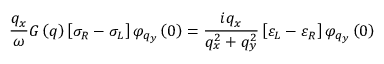
\frac { { { q } _ { x } } } { \omega } G \left( q \right) \left[ { { \sigma } _ { R } } - { { \sigma } _ { L } } \right] { { \varphi } _ { { { q } _ { y } } } } \left( 0 \right) = \frac { i { { q } _ { x } } } { q _ { x } ^ { 2 } + q _ { y } ^ { 2 } } \left[ { { \varepsilon } _ { L } } - { { \varepsilon } _ { R } } \right] { { \varphi } _ { { { q } _ { y } } } } \left( 0 \right)